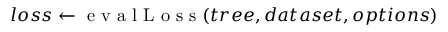
l o s s \gets \mathrm { ~ e ~ v ~ a ~ l ~ L ~ o ~ s ~ s ~ } ( t r e e , d a t a s e t , o p t i o n s )